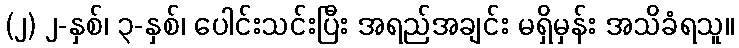
(၂) ၂-နှစ်၊ ၃-နှစ်၊ ပေါင်းသင်းပြီး အရည်အချင်း မရှိမှန်း အသိခံရသူ။